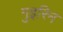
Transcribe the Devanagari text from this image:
गुइरिन